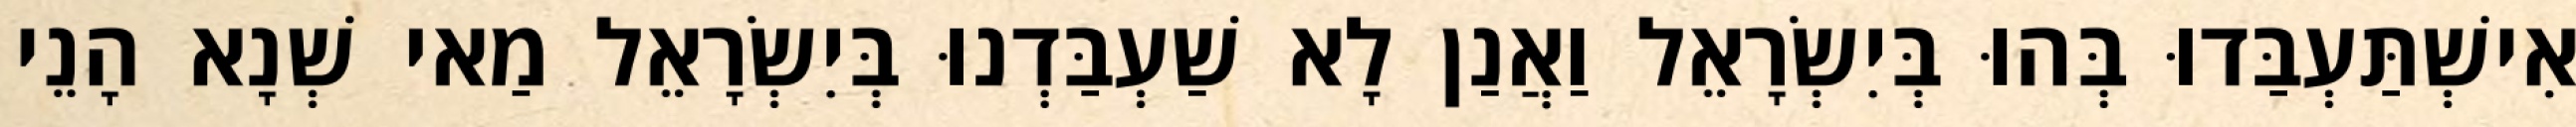
אִישְׁתַּעְבַּדוּ בְּהוּ בְּיִשְׂרָאֵל וַאֲנַן לָא שַׁעְבַּדְנוּ בְּיִשְׂרָאֵל מַאי שְׁנָא הָנֵי